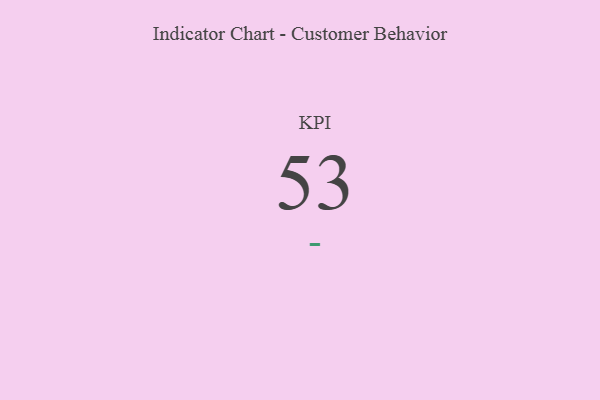
{"axis": {"x": "KPI", "y": "Value"}, "legend": [""], "data": [{"x": "KPI", "y": 53, "type": ""}]}